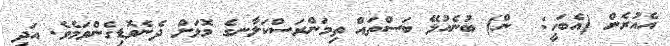
އެއުރެން (އެބަހީ:  ން) ބުނެއުޅޭ ބަސްތައް ތިމަންރަސްކަލާނގެ މޮޅަށް ދެނެވޮޑިގެންވަމެވެ. އަދި